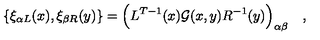
\{ \xi _ { \alpha L } ( x ) , \xi _ { \beta R } ( y ) \} = \Bigl ( L ^ { T - 1 } ( x ) { \cal G } ( x , y ) R ^ { - 1 } ( y ) \Bigr ) _ { \alpha \beta } \quad ,